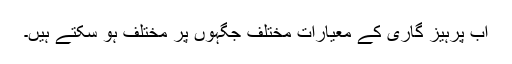
اب پرہیز گاری کے معیارات مختلف جگہوں پر مختلف ہو سکتے ہیں۔